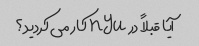
آیا قبلاً در nyu کار می کردید؟